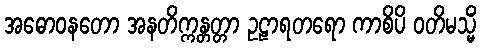
အဓောဝနတော အနတိက္ကန္တတ္တာ ဥဠာရတရော ကာစိပိ ဝတိမသ္မိံ